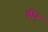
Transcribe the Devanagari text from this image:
वीर्